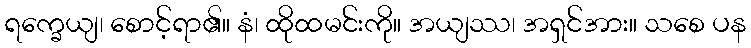
ရက္ခေယျ၊ စောင့်ရာ၏။ နံ၊ ထိုထမင်းကို။ အယျဿ၊ အရှင်အား။ သစေ ပန